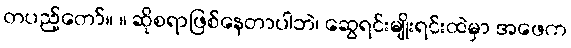
တပည့်တော်။ ။ ဆိုစရာဖြစ်နေတာပါဘဲ၊ ဆွေရင်းမျိုးရင်းထဲမှာ အဖေက